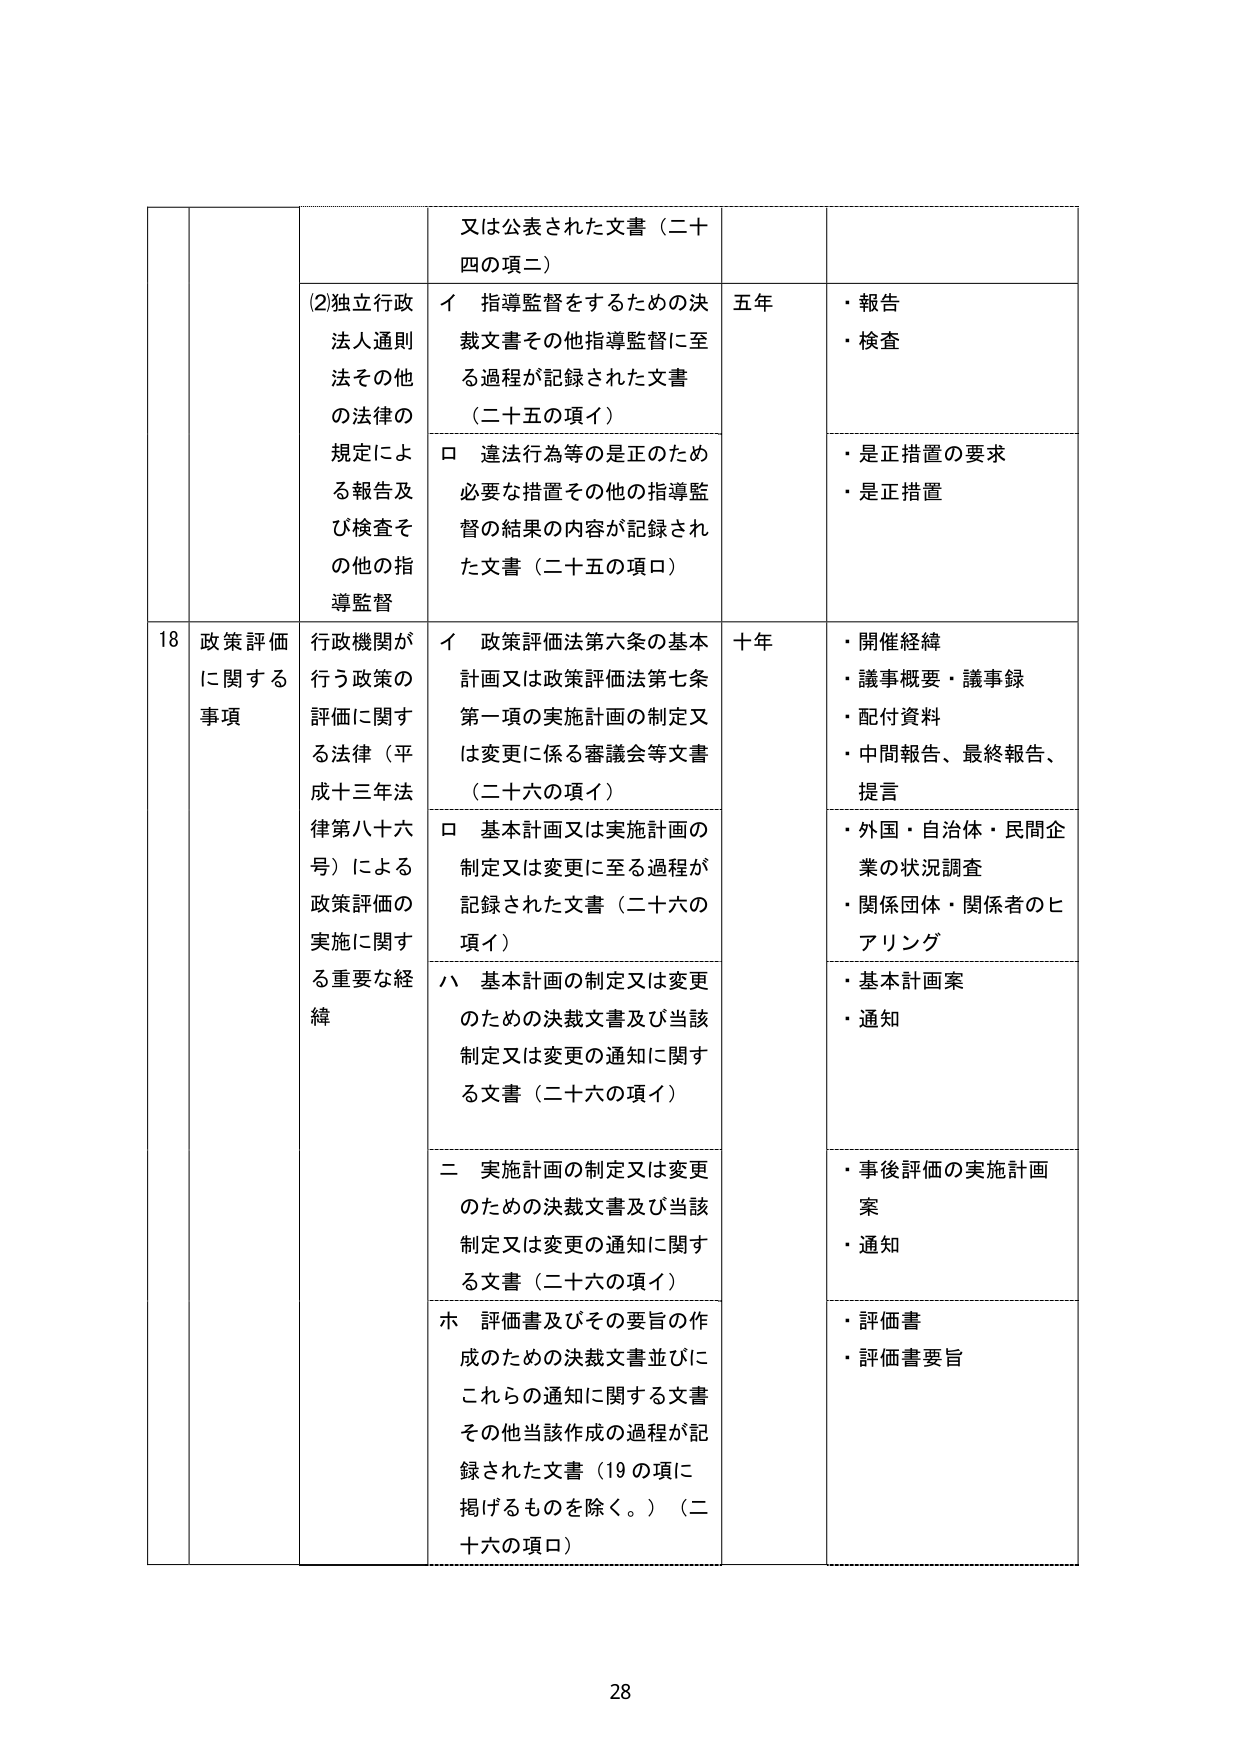
又は公表された文書（二十四の項二）

(2)独立行政法人通則法その他の法律の規定による報告及び検査その他の指導監督

イ 指導監督をするための決裁文書その他指導監督に至る過程が記録された文書（二十五の項イ）

ロ 違法行為等の是正のため必要な措置その他の指導監督の結果の内容が記録された文書（二十五の項ロ）

五年

・報告
・検査

・是正措置の要求
・是正措置

18 政策評価に関する事項

行政機関が行う政策の評価に関する法律（平成十三年法律第八十六号）による政策評価の実施に関する重要な経緯

イ 政策評価法第六条の基本計画又は政策評価法第七条第一項の実施計画の制定又は変更に係る審議会等文書（二十六の項イ）

ロ 基本計画又は実施計画の制定又は変更に至る過程が記録された文書（二十六の項イ）

ハ 基本計画の制定又は変更のための決裁文書及び当該制定又は変更の通知に関する文書（二十六の項イ）

二 実施計画の制定又は変更のための決裁文書及び当該制定又は変更の通知に関する文書（二十六の項イ）

ホ 評価書及びその要旨の作成のための決裁文書並びにこれらの通知に関する文書その他当該作成の過程が記録された文書（19の項に掲げるものを除く。）（二十六の項ロ）

十年

・開催経緯
・議事概要・議事録
・配付資料
・中間報告、最終報告、提言

・外国・自治体・民間企業の状況調査
・関係団体・関係者のヒアリング

・基本計画案
・通知

・事後評価の実施計画案
・通知

・評価書
・評価書要旨

28